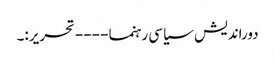
دوراندیش سیاسی رہنما ---- تحریر:۔